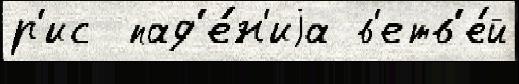
р'ис  пад'е́н'иjа в'етв'е́й